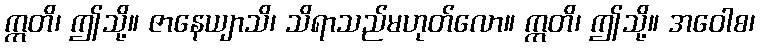
ဣတိ၊ ဤသို့။ ဇာနေယျာသိ၊ သိရာသည်မဟုတ်လော။ ဣတိ၊ ဤသို့။ အဝေါစ၊